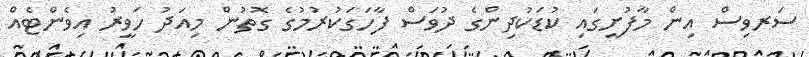
ސަރވިސް އިން މާފުށީގައި ކުޑަކުދިންގެ ދުވަސް ފާހަގަކުރުމުގެ ގޮތުން މިއަދު ހަވީރު އިވެންޓެއް